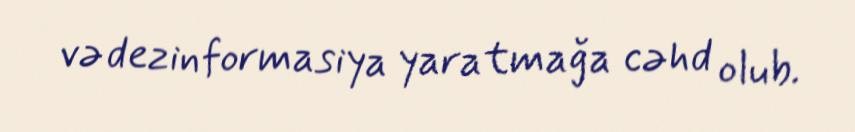
və dezinformasiya yaratmağa cəhd olub.